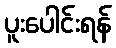
ပူးပေါင်းရန်